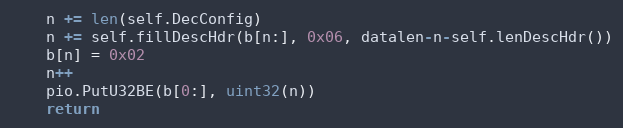
Language: Go
	n += len(self.DecConfig)
	n += self.fillDescHdr(b[n:], 0x06, datalen-n-self.lenDescHdr())
	b[n] = 0x02
	n++
	pio.PutU32BE(b[0:], uint32(n))
	return